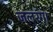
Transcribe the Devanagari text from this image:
जलरंग।